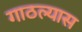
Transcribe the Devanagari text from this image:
गाठल्यास